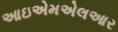
આઇએમએલઆર